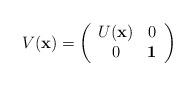
LaTeX: \begin{align*}V({\bf x}) =\left(\begin{array}{cc} U({\bf x}) & 0 \\ 0 & {\bf 1}\end{array}\right) \end{align*}